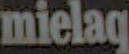
mielaq